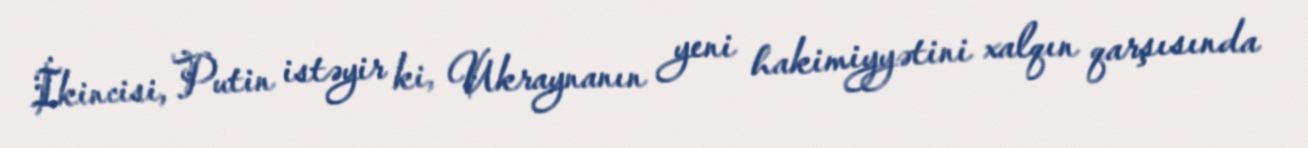
İkincisi, Putin istəyir ki, Ukraynanın yeni hakimiyyətini xalqın qarşısında